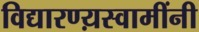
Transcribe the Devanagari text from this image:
विद्यारण्य़स्वामींनी